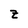
Character: z